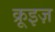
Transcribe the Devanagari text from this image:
क्रूइज़